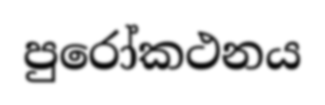
පුරෝකථනය